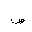
Letter: _sad